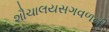
શૌચાલયસગવળની